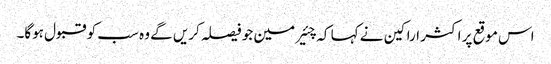
اس موقع پر اکثر اراکین نے کہا کہ چئیرمین جو فیصلہ کریں گے وہ سب کو قبول ہوگا۔